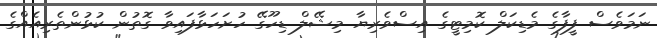
ނަމަވެސް ފީފާގެ މެޑިކަލް ކޮމިޓީގެ އިސްވެރިޔާ މިޝޭލް ޑިހޫގޭ ހުށަހަޅާފައިވާ ގޮތުން ކުޅުންތެރިއެއްގެ